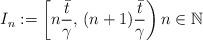
LaTeX: \begin{align*}I_n:=\left[n\dfrac{\bar{t}}{\gamma},\,(n+1)\dfrac{\bar{t}}{\gamma}\right) n \in {\mathbb{N}}\end{align*}